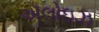
ઍલોઇઝ